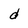
Character: d